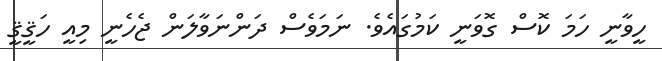
ހީވާނީ ހަމަ ކޮސް ގޮވަނީ ކަމުގައެވެ. ނަމަވެސް ދަންނަވާލަން ޖެހެނީ މިއީ ހަޤީޤީ